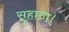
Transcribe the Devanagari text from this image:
सुहाता।